Report on the treatment of epidemic cholera: from information collected by the governments of Bengal, Madras, Bombay, N.W. Provinces, Punjab, Oudh, and Central India, by order of the Government of India
Disease focus: Cholera
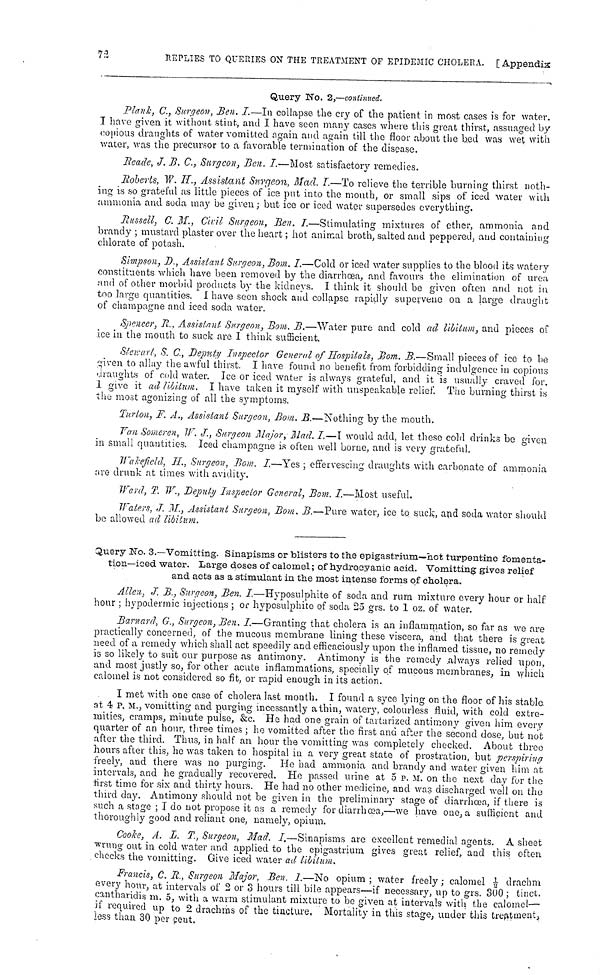
72
REPLIES TO QUERIES ON THE TREATMENT OF EPIDEMIC CHOLERA. [ Appendix
Query No. 2,—continued.
Plank, C., Surgeon, Ben. I.—In collapse, the cry of the patient in most cases is for water.
Τ have given it without stint, and I have seen many cases where this great thirst, assuaged by
copious draughts of water vomitted again and again till the floor about the bed was wet with
water, was the precursor to a favorable termination of the disease.
Reade, J. B. C., Surgeon, Ben. I.—Most satisfactory remedies.
Roberts, W. H., Assistant Surgeon, Mad. I.—To relieve the terrible burning thirst noth-
ing is so grateful as little pieces of ice put into the mouth, or small sips of iced water with
ammonia and soda may be given ; but ice or iced water supersedes everything.
Russell, C. M., Civil Surgeon, Ben. I.—Stimulating mixtures of ether, ammonia and
brandy ; mustard plaster over the heart ; hot animal broth, salted and peppered, and containing
chlorate of potash.
Simpson, D., Assistant Surgeon, Bom. I.—Cold or iced water supplies to the blood its watery
constituents which have been removed by the diarrhœa, and favours the elimination of urea
and of other morbid products by the kidneys. I think it should be given often and not in
too large quantities. I have seen shock and collapse rapidly supervene on a large draught
of champagne and iced soda water.
Spencer, R.. Assistant Surgeon, Bom. B.—Water pure and cold ad libitum, and pieces of
ice in the mouth to suck are I think sufficient.
Stewart, S. C., Deputy Inspector General of Hospitals, Bom. B.—Small pieces of ice to be
given to allay the awful thirst. I have found no benefit from forbidding indulgence in copious
graughts of cold water. Ice or iced water is always grateful, and it is usually craved for.
I give it ad libitum. I have taken it myself with unspeakable relief. The burning thirst is
the most agonizing of all the symptoms.
Turton, F. Α., Assistant Surgeon, Bom. B.—Nothing by the mouth.
Van Someren, W. J., Surgeon Major, Mad. I.—I would add, let these cold drinks be given
in small quantities. Iced champagne is often well borne, and is very grateful.
Wakefield, H., Surgeon, Bom. I.—Yes ; effervescing draughts with carbonate of ammonia
are drunk at times with avidity.
Ward, T. W., Deputy Inspector General, Bom. I.—Most useful.
Waters, J. M., Assistant Surgeon, Bom. B.—Pure water, ice to suck, and soda water should
be allowed ad libitum.
Query No. 3.— Vomitting. Sinapisms or blisters to the epigastrium—hot turpentine fomenta-
tion—iced water. Large doses of calomel; of hydrocyanic acid. Vomitting gives relief
and acts as a stimulant in the most intense forms of cholera.
Allen, J. B., Surgeon, Ben. I.—Hyposulphite of soda and rum mixture every hour or half
hour ; hypodermic injections ; or hyposulphite of soda 25 grs. to 1 oz. of water.
Barnard, G., Surgeon, Ben. I.—Granting that cholera is an inflammation, so far as we are
practically concerned, of the mucous membrane lining these viscera, and that there is great
need of a remedy which shall act speedily and efficaciously upon the inflamed tissue, no remedy
is so likely to suit our purpose as antimony. Antimony is the remedy always relied upon,
and most justly so, for other acute inflammations, specially of mucous membranes, in which
calomel is not considered so fit, or rapid enough in its action.
I met with one case of cholera last month. I found a syce lying on the floor of his stable,
at 4 P. M., vomitting and purging incessantly a thin, watery, colourless fluid, with cold extre-
mities, cramps, minute pulse, &c. He had one grain of tartarized antimony given him every
quarter of an hour, three times ; ho vomitted after the first and after the second dose, but not
after the third. Thus, in half an hour the vomitting was completely checked. About three
hours after this, he was taken to hospital in a very great state of prostration, but perspiring
freely, and there was no purging. He had ammonia and brandy and water given him at
intervals, and he gradually recovered. Ho passed urine at 5 P. M. on the next day for the
first time for six and thirty hours. He had no other medicine, and was discharged well on the
third day. Antimony should not be given in the preliminary stage of diarrhœa, if there is
such a stage ; I do not propose it as a remedy for diarrhœa,—we have one, a sufficient and
thoroughly good and reliant one, namely, opium.
Cooke. A. L. T., Surgeon, Mad. I.—Sinapisms are excellent remedial agents. A sheet
wrung out in cold water and applied to the epigastrium gives great relief, and this often
checks the vomitting. Give iced water ad lilitum.
Francis, C. R., Surgeon Major, Ben. I.—No opium ; water freely ; calomel
drachm
½ every hour, at intervals of 2 or 3 hours till bile appears—if necessary, up to grs. 300 ; tinct.
cantharidis m. 5, with a warm stimulant mixture to be given at intervals with the calomel—
if required up to 2 drachms of the tincture, Mortality in this stage, under this treatment,
less than 30 per cent.